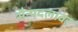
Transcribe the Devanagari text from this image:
सैन्यदलावर